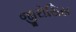
જીરોસિસ